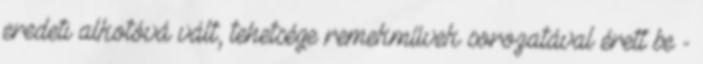
eredeti alkotóvá vált, tehetsége remekművek sorozatával érett be -